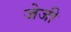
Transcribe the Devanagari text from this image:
जेजी